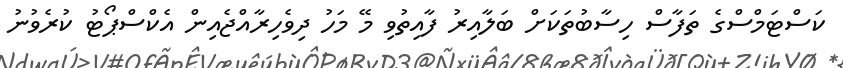
ކަސްޓަމްސްގެ ތަފާސް ހިސާބުތަކަށް ބަލާއިރު ފާއިތުވި މޭ މަހު ދިވެހިރާއްޖެއިން އެކްސްޕޯޓު ކުރެވުނު